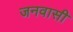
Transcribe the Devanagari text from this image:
जनवासी